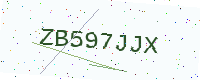
Text: ZB597JJX